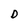
Character: D